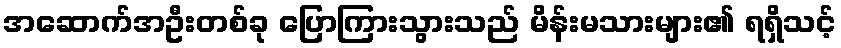
အဆောက်အဦးတစ်ခု ပြောကြားသွားသည် မိန်းမသားများ၏ ရရှိသင့်